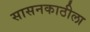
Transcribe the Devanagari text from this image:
सासनकाठीला